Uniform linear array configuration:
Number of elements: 48
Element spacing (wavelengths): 0.25
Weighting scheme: hann
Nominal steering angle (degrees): -30
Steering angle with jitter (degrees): -31.057
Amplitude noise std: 0.05
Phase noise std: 0.05

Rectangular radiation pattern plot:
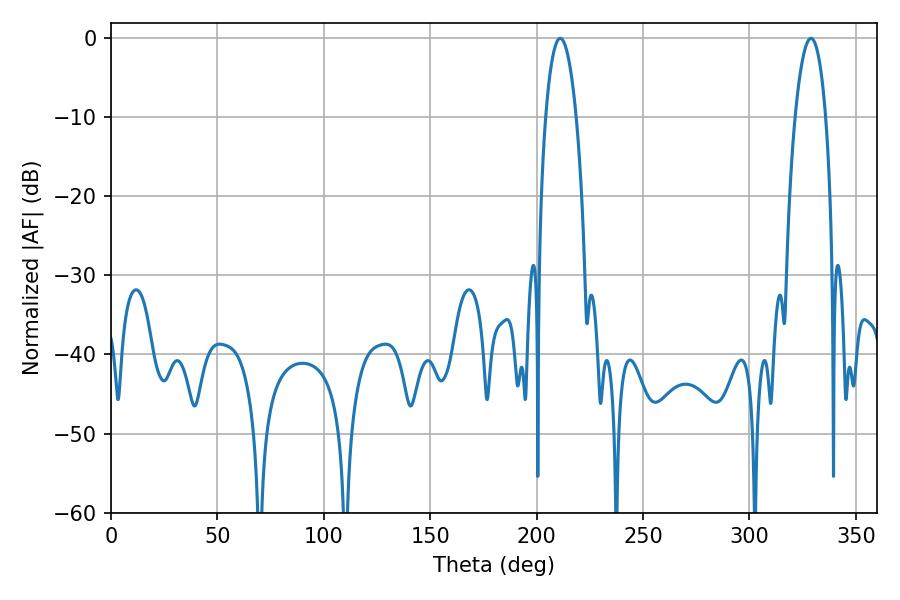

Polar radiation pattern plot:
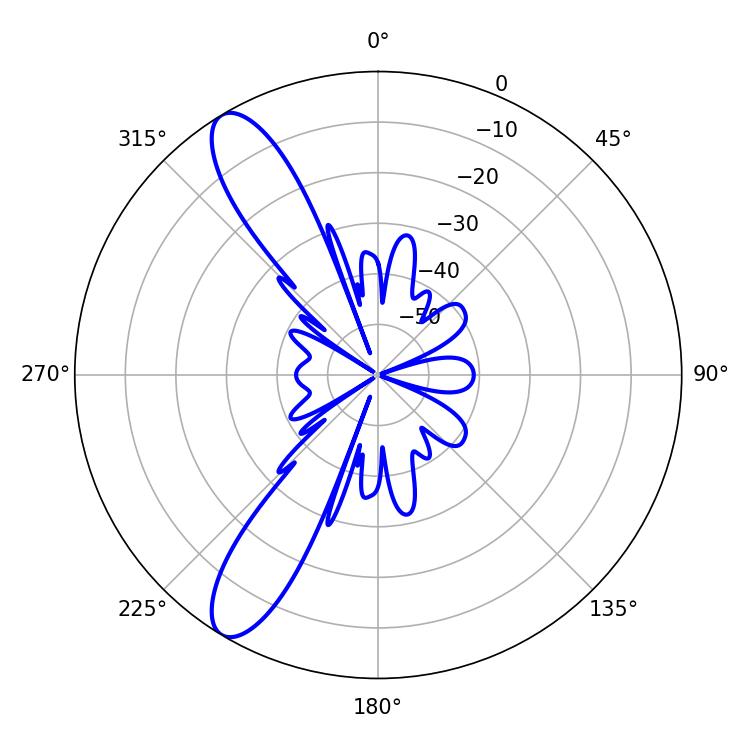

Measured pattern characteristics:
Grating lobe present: FALSE
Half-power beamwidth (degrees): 8.1
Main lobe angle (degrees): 211.14